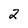
Character: 2